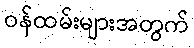
ဝန်ထမ်းများအတွက်